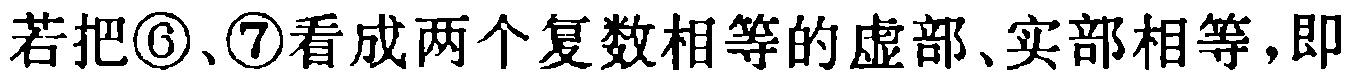
若把\textcircled{6}、\textcircled{7}看成两个复数相等的虚部、实部相等，即